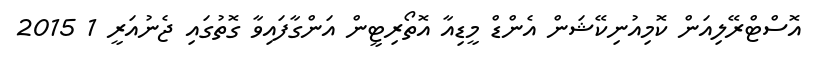
އޮސްޓްރޭލިއަން ކޮމިއުނިކޭޝަން އެންޑް މީޑިއާ އޮތޯރިޓީން އަންގާފައިވާ ގޮތުގައި ޖެނުއަރީ 1 2015